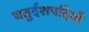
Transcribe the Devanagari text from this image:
चतुर्दशपदियाँ